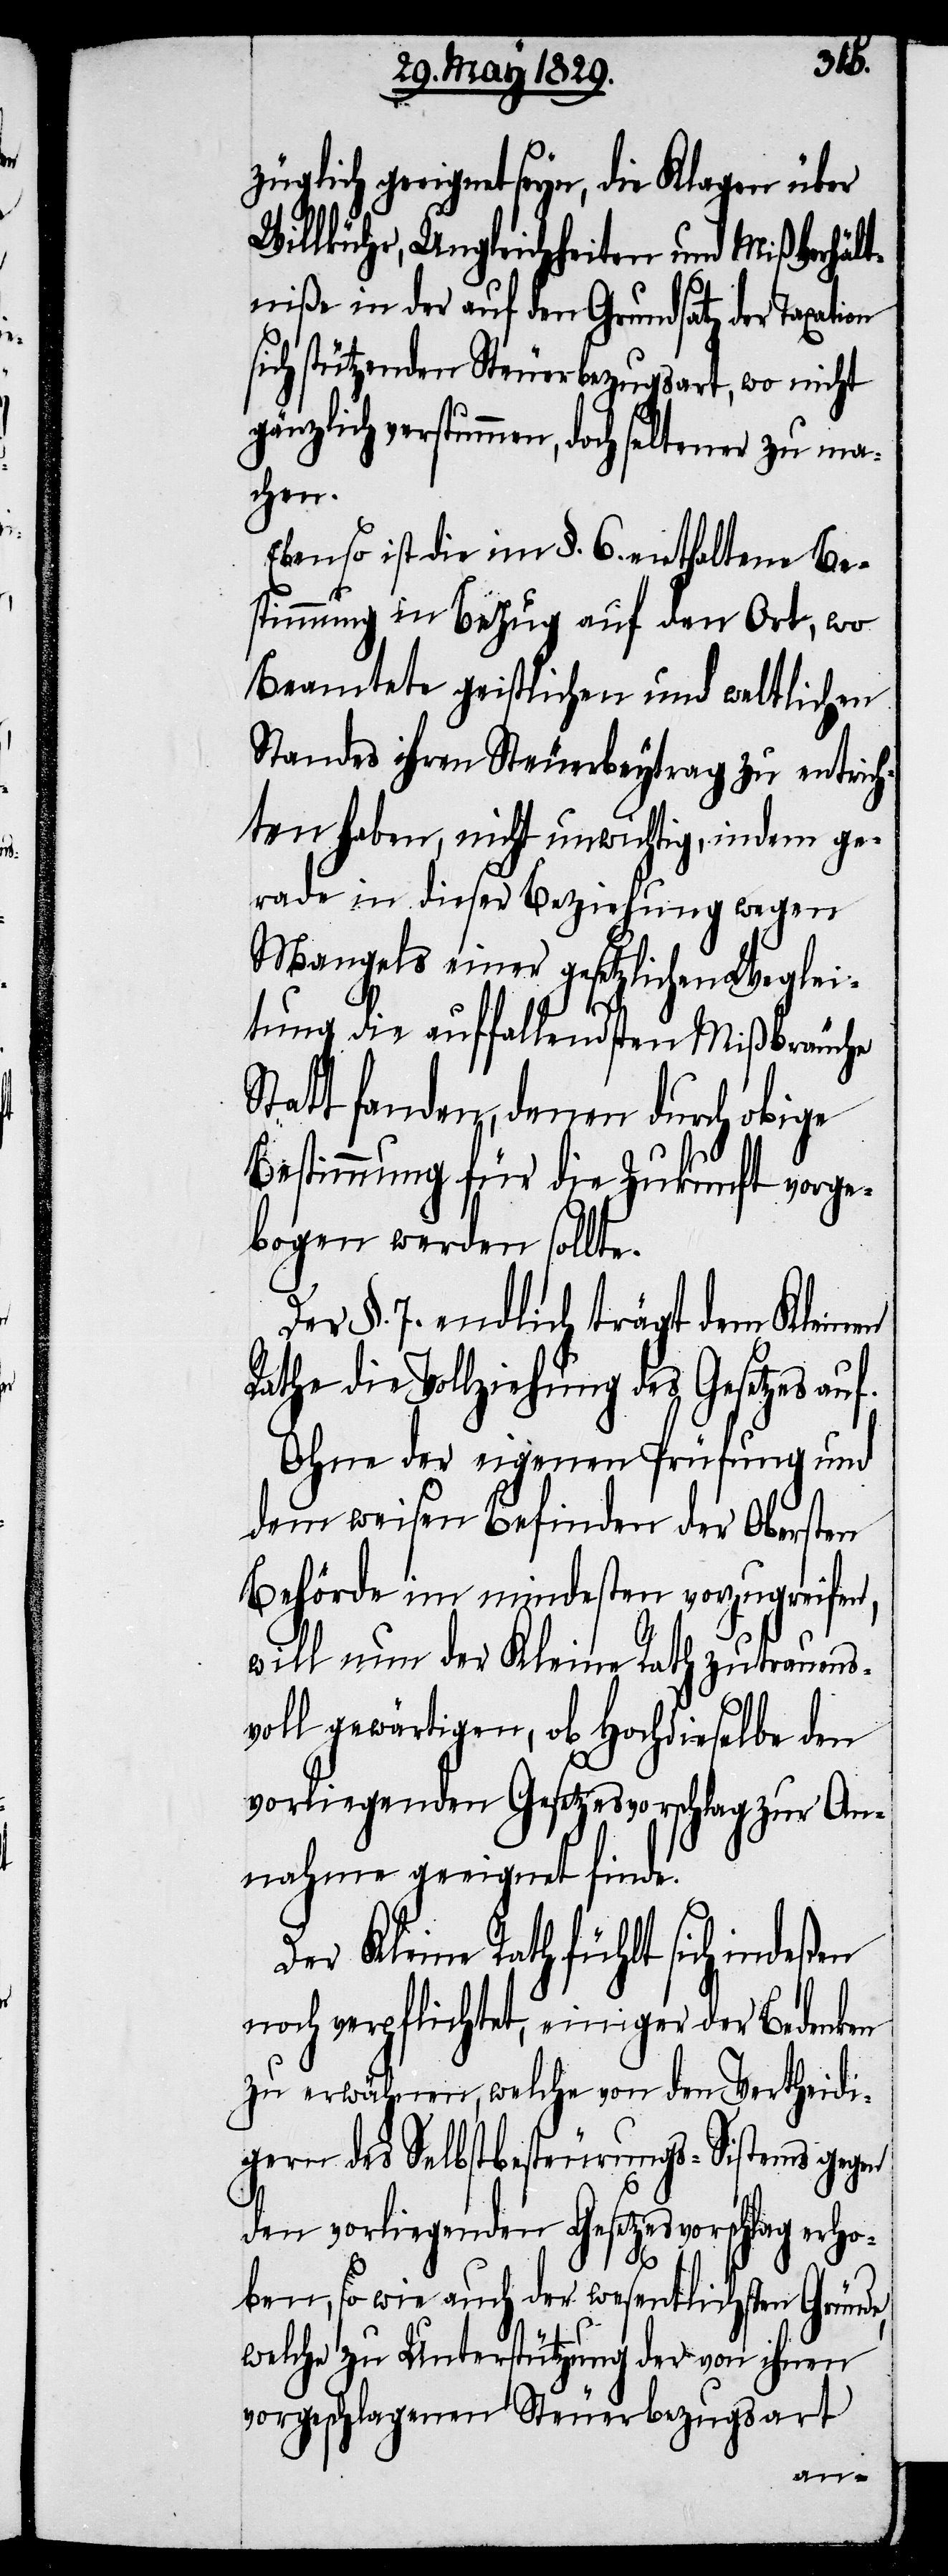
züglich geeignet seyn, die Klagen über
Willkühr, Ungleichheiten und Mißverhält¬
niße in der auf den Grundsatz der Taxation
sich stützenden Steuerbezugsart, wo nicht
gänzlich verstummen, doch seltener zu ma¬
chen.
Ebenso ist die im §. 6. enthaltene Be¬
stimmung in Bezug auf den Ort, wo
Beamtete geistlichen und weltlichen
Standes ihren Steuerbeytrag zu entrich¬
ten haben, nicht unwichtig, indem ge¬
rade in dieser Beziehung wegen
Mangels einer gesetzlichen Weglei¬
tung die auffallendsten Mißbräuche
Statt fanden, denen durch obige
Bestimmung für die Zukunft vorge¬
bogen werden sollte.
Der §. 7. endlich trägt dem Kleinen
Rathe die Vollziehung des Gesetzes auf.
Ohne der eigenen Prüfung und
dem weisen Befinden der Obersten
Behörde im mindesten vorzugreifen,
will nun der Kleine Rath zutrauens¬
voll gewärtigen, ob Hochdieselbe den
vorliegenden Gesetzesvorschlag zur An¬
nahme geeignet finde.
Der Kleine Rath fühlt sich indeßen
noch verpflichtet, einiger der Bedenken
zu erwähnen, welche von den Vertheidi¬
gern des Selbstbesteurungs-Sistems gegen
den vorliegenden Gesetzesvorschlag erho¬
ben, so wie auch der wesentlichsten Gründe,
welche zu Unterstützung der von ihnen
vorgeschlagenen Steuerbezugsart